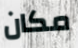
مكان